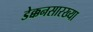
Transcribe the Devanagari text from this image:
डेक्कनसारख्या